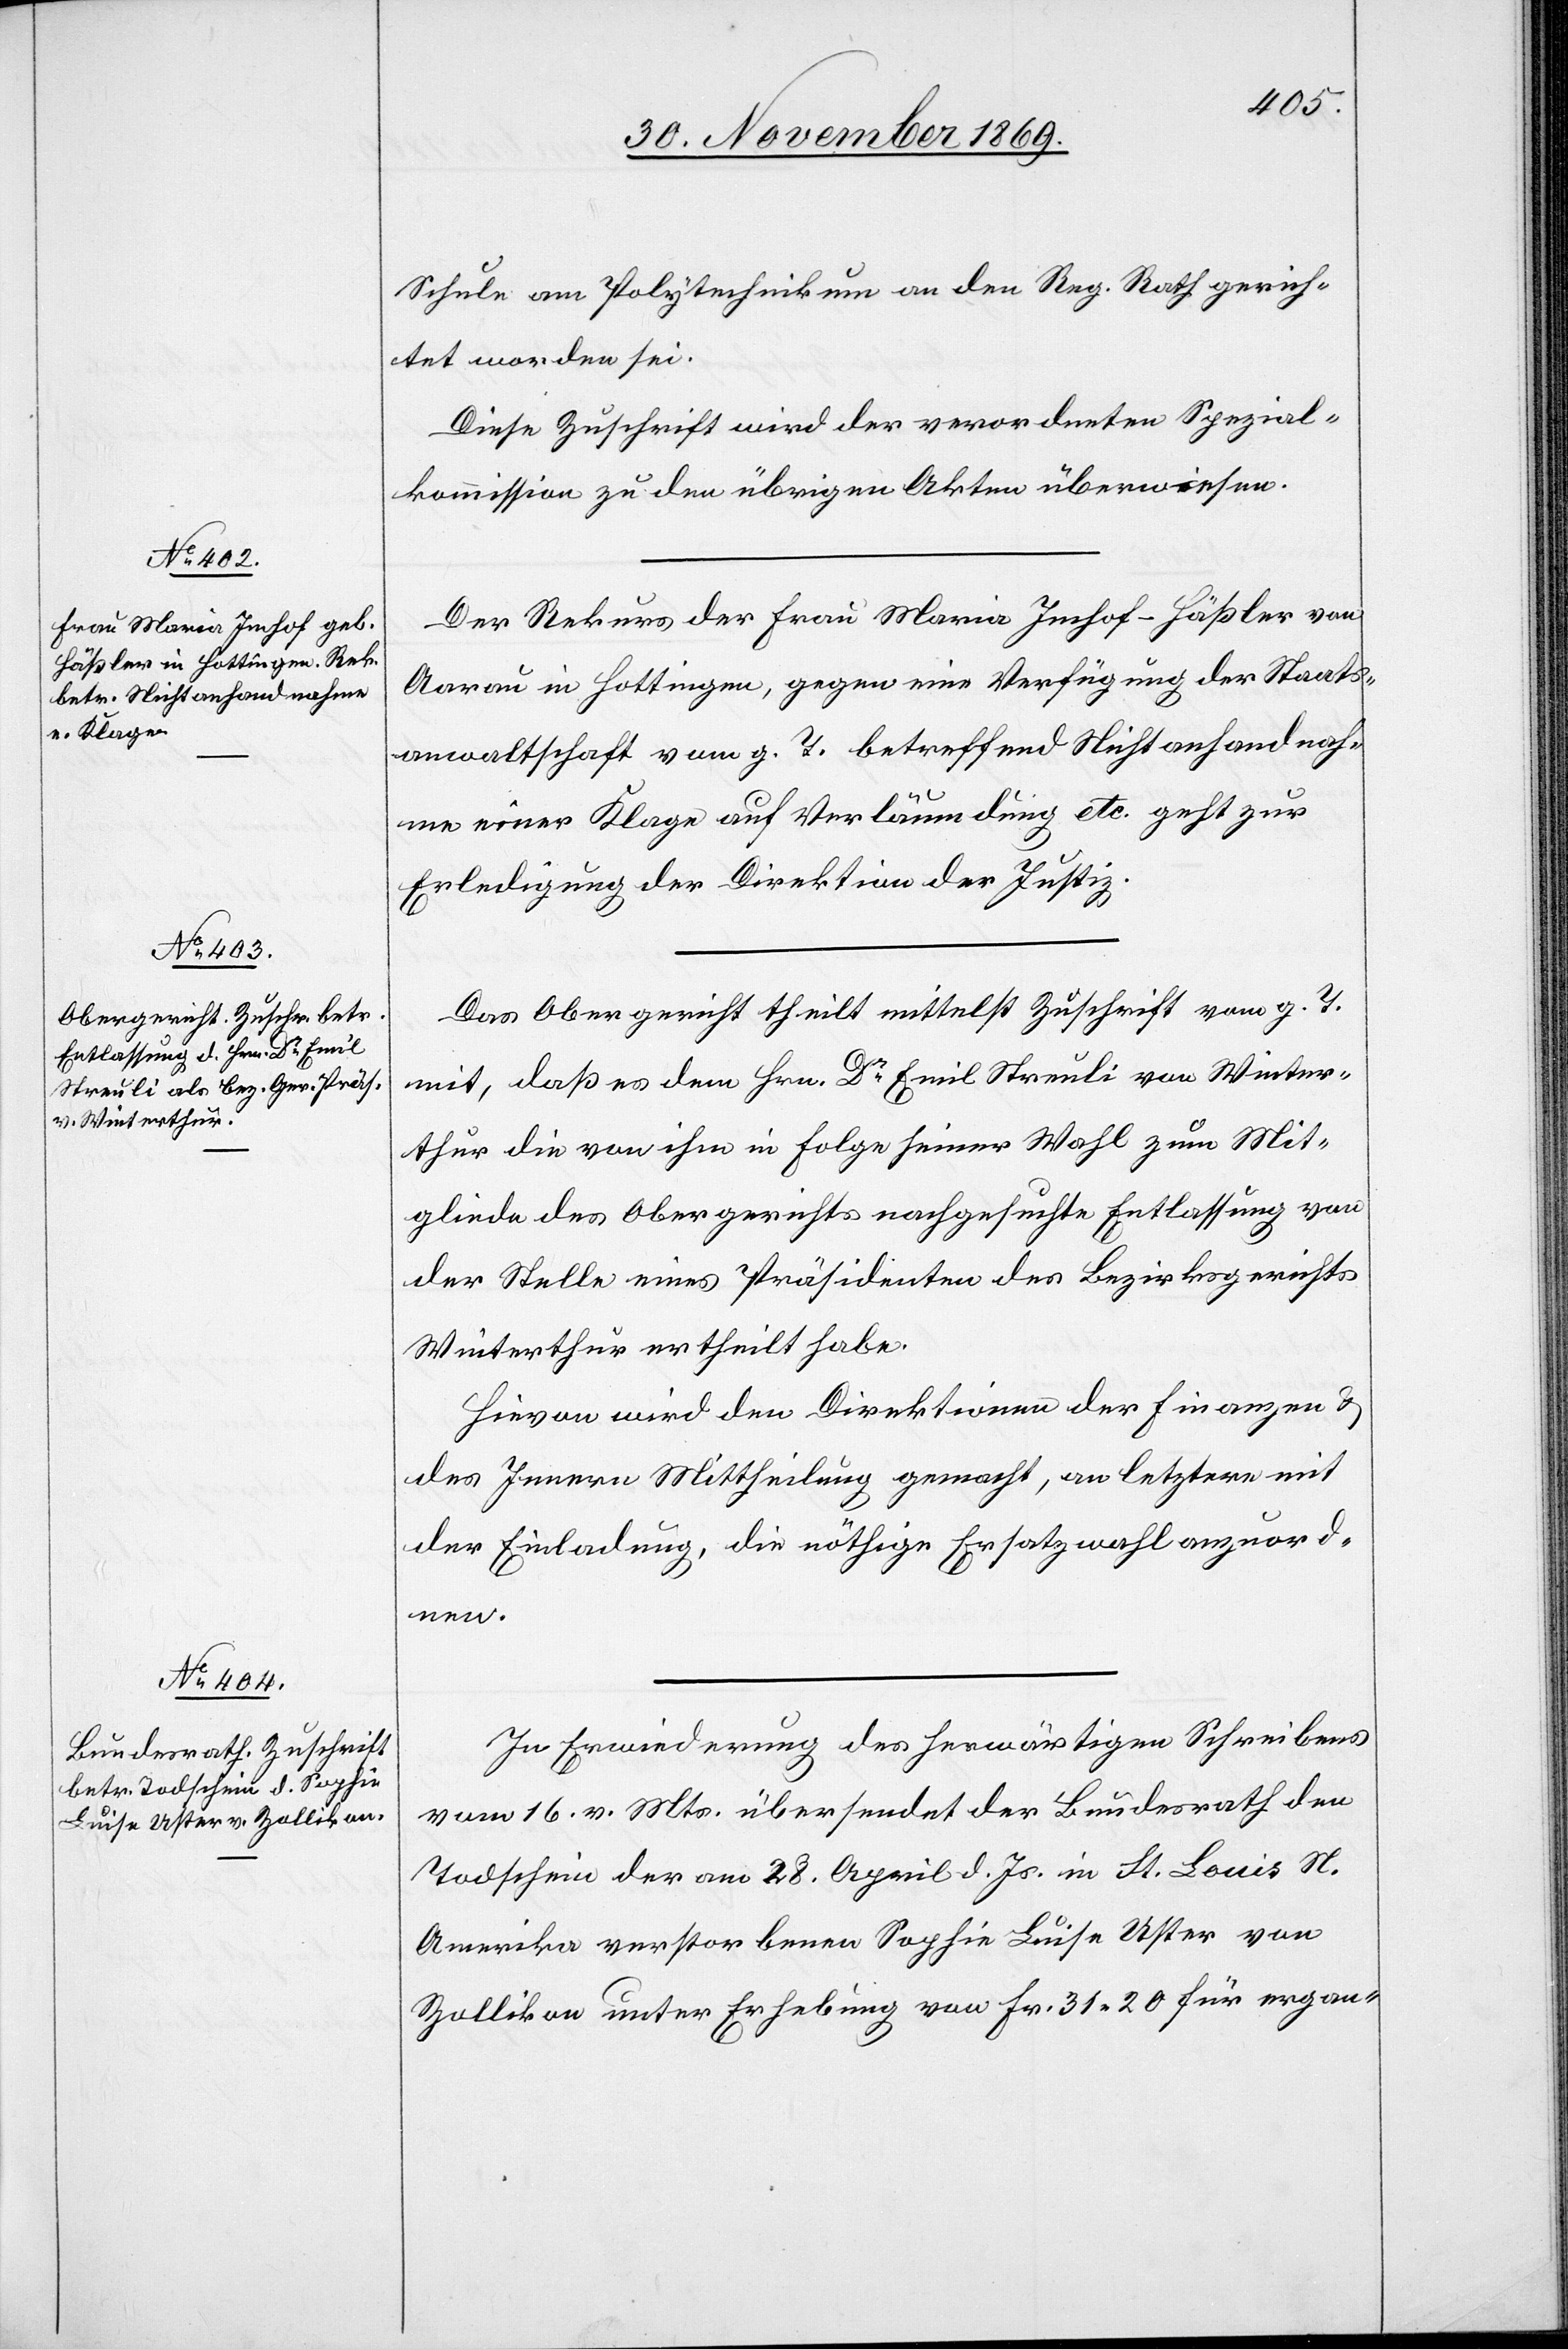
30. November 1869.]
Schule am Polytechnikum an den Reg. Rath gerich¬
tet worden sei.
Diese Zuschrift wird der verordneten Spezial¬
kommission zu den übrigen Akten überwiesen.
Der Rekurs der Frau Maria Imhof-Häßler von
Aarau in Hottingen, gegen eine Verfügung der Staats¬
anwaltschaft vom g. T. betreffend Nichtanhandnah¬
me einer Klage auf Verläumdung etc. geht zur
Erledigung der Direktion der Justiz.
Das Obergericht theilt mittelst Zuschrift vom g. T.
mit, daß es dem Hrn. Dr Emil Streuli von Winter¬
thur die von ihm in Folge seiner Wahl zum Mit¬
gliede des Obergerichts nachgesuchte Entlassung von
der Stelle eines Präsidenten des Bezirksgerichts
Winterthur ertheilt habe.
Hievon wird den Direktionen der Finanzen &
des Innern Mittheilung gemacht, an letztere mit
der Einladung, die nöthige Ersatzwahl anzuord¬
nen.
In Erwiederung des herwärtigen Schreibens
vom 16. v. Mts. übersendet der Bundesrath den
Todschein der am 28. April d. Js. in St. Louis N.
Amerika verstorbenen Sophie Luise Uster von
Zollikon unter Erhebung von Fr. 31.20 für ergan-